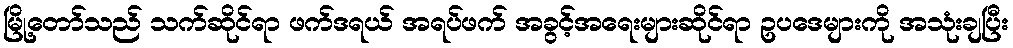
မြို့တော်သည် သက်ဆိုင်ရာ ဖက်ဒရယ် အရပ်ဖက် အခွင့်အရေးများဆိုင်ရာ ဥပဒေများကို အသုံးချပြီး